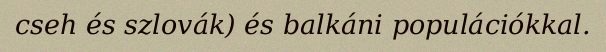
cseh és szlovák) és balkáni populációkkal.